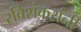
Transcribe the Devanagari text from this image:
रविशंकरांनी